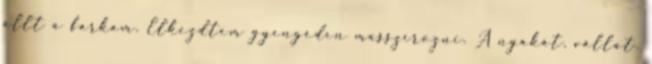
állt a farkam. Elkezdtem gyengéden masszírozni. A nyakát, vállát,